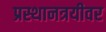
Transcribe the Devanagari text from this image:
प्रस्थानत्रयीवर